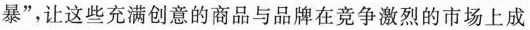
暴”，让这些充满创意的商品与品牌在竞争激烈的市场上成